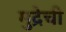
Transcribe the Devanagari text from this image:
मुद्रेची